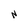
Character: N